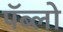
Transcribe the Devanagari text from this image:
पॅब्लो